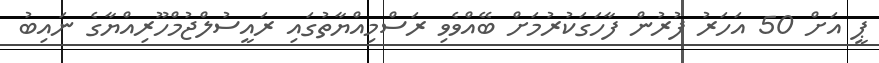
ޕީ އަށް 50 އަހަރު ފުރުން ފާހަގަކުރުމަށް ބޭއްވެވި ރަސްމިއްޔާތުގައި ރައީސުލްޖުމްހޫރިއްޔާގެ ނައިބު